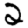
Digit: 2